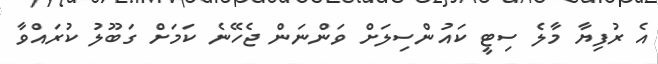
އެ ރުފިޔާ މާލެ ސިޓީ ކައުންސިލަށް ވަންނަން ޖެހޭނެ ކަމަށް ގަބޫލު ކުރައްވާ